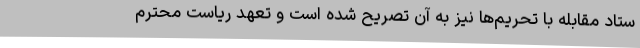
ستاد مقابله با تحریم‌ها نیز به آن تصریح شده است و تعهد ریاست محترم